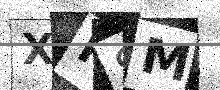
Text: XP8M